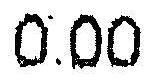
0.00